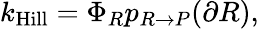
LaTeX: k_{\mathrm{Hill}}=\Phi_{R}p_{R\rightarrow P}(\partial R),